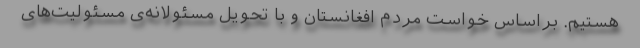
هستیم. براساس خواست مردم افغانستان و با تحویل مسئولانه‌ی مسئولیت‌های